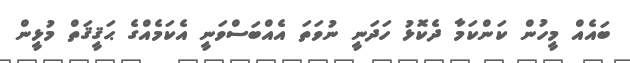
ބައެއް މީހުން ކަންކަމާ ދެކޮޅު ހަދަނީ ނުވަތަ އެއްބަސްވަނީ އެކަމެއްގެ ޙަޤީޤަތް މުޅީން